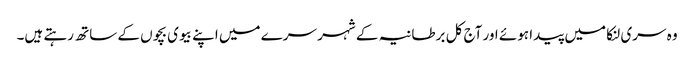
وہ سری لنکا میں پیدا ہوئے اور آج کل برطانیہ کے شہر سرے میں اپنے بیوی بچوں کے ساتھ رہتے ہیں۔